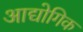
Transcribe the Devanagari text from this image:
आद्योगिक